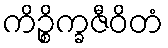
ကိဉ္စိက္ခဇီဝိတံ